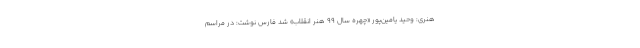
هنری: وحید یامین‌پور «چهره سال ۹۹ هنر انقلاب» شد فارس نوشت: در مراسم